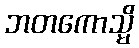
ဘတကောသ္မိ